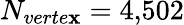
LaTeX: N_{verte\mathbf{x}}=4{,}502